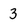
Character: 3